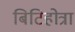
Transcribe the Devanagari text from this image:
बिटिहोत्रा